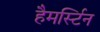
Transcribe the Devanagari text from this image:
हैमर्स्टिन